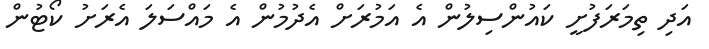
އަދި ތިމަރަފުށީ ކައުންސިލުން އެ އަމުރަށް އެދުމުން އެ މައްސަލަ އެރަށު ކޯޓުން